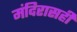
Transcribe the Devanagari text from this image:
मंदिरासही